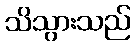
သိသွားသည်